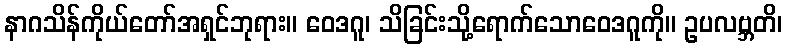
နာဂသိန်ကိုယ်တော်အရှင်ဘုရား။ ဝေဒဂူ၊ သိခြင်းသို့ရောက်သောဝေဒဂူကို။ ဥပလဗ္ဘတိ၊